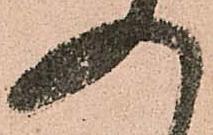
入